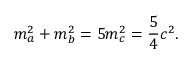
m _ { a } ^ { 2 } + m _ { b } ^ { 2 } = 5 m _ { c } ^ { 2 } = { \frac { 5 } { 4 } } c ^ { 2 } .